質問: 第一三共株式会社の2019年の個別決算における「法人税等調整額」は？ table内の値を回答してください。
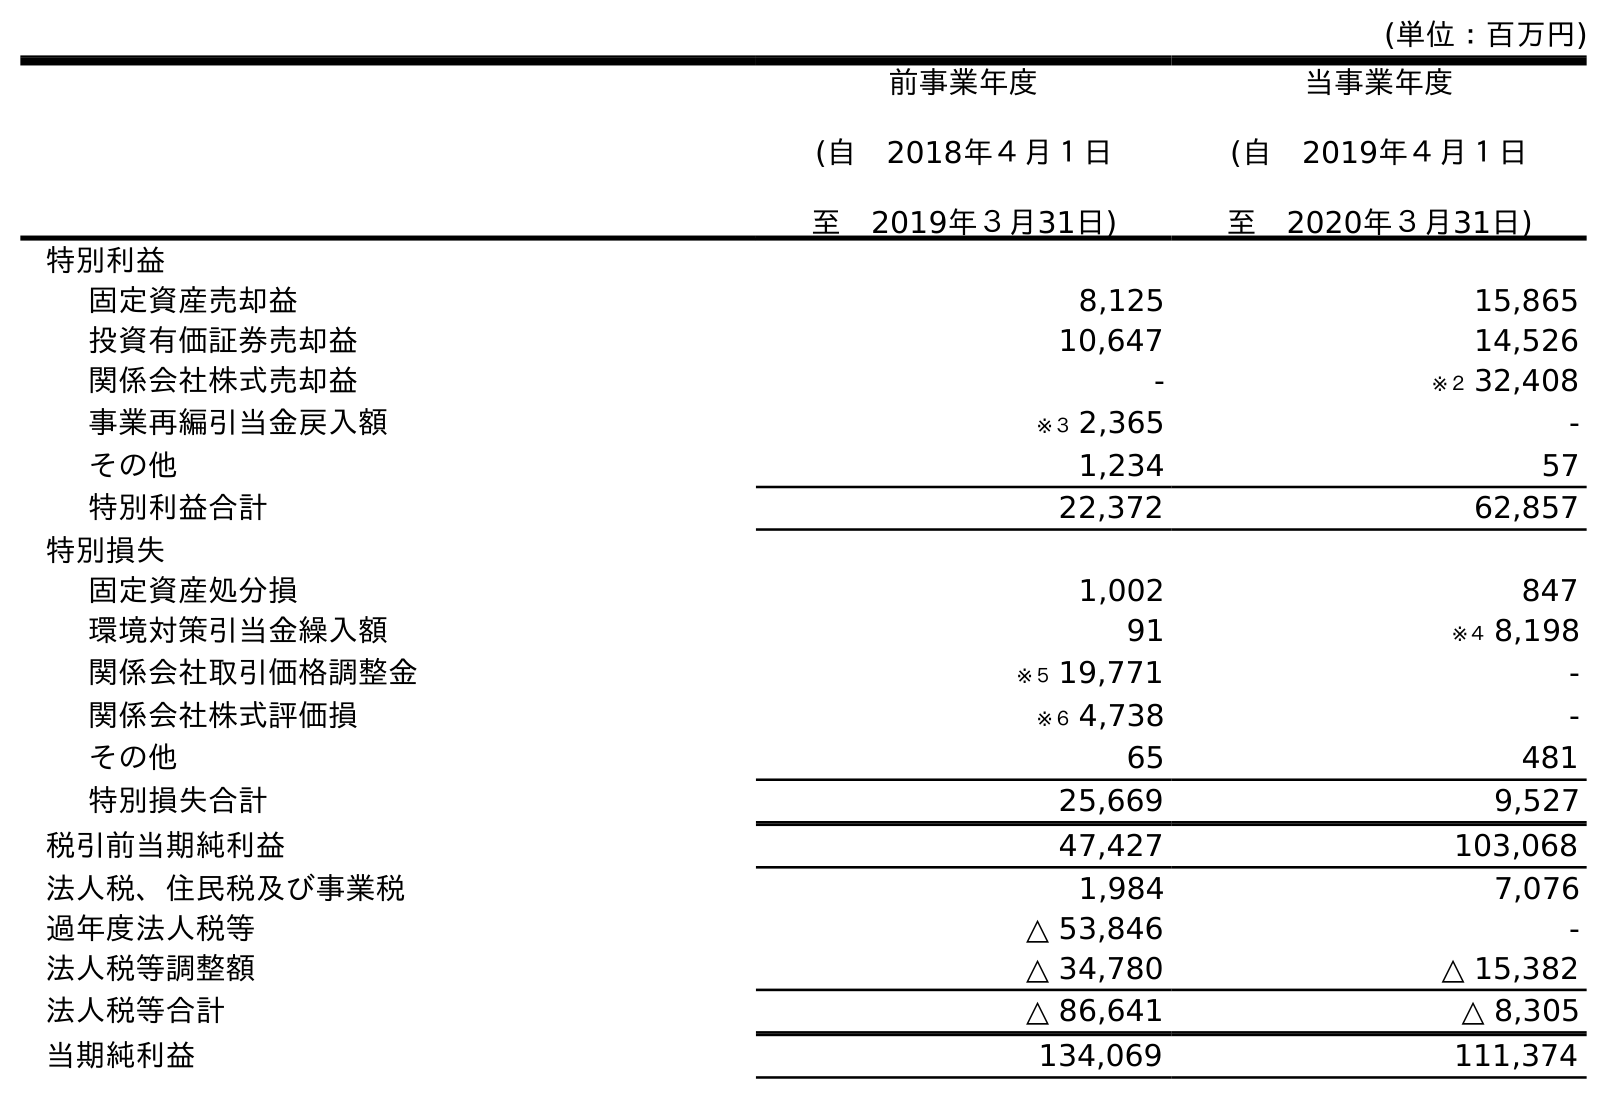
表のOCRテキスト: (単位：百万円) 前事業年度 (自 2018年４月１日 至 2019年３月31日) 当事業年度 (自 2019年４月１日 至 2020年３月31日) 特別利益 固定資産売却益 8,125 15,865 投資有価証券売却益 10,647 14,526 関係会社株式売却益 - ※２ 32,408 事業再編引当金戻入額 ※３ 2,365 - その他 1,234 57 特別利益合計 22,372 62,857 特別損失 固定資産処分損 1,002 847 環境対策引当金繰入額 91 ※４ 8,198 関係会社取引価格調整金 ※５ 19,771 - 関係会社株式評価損 ※６ 4,738 - その他 65 481 特別損失合計 25,669 9,527 税引前当期純利益 47,427 103,068 法人税、住民税及び事業税 1,984 7,076 過年度法人税等 △ 53,846 - 法人税等調整額 △ 34,780 △ 15,382 法人税等合計 △ 86,641 △ 8,305 当期純利益 134,069 111,374
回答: △34,780